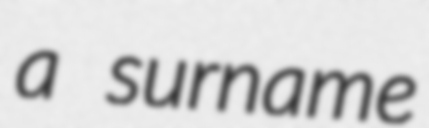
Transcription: a surname